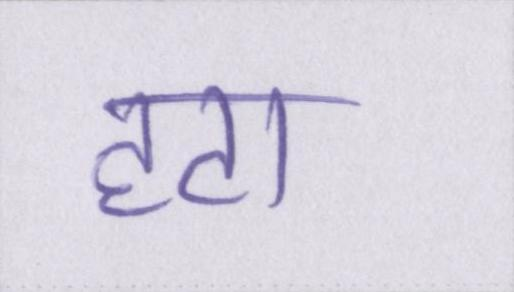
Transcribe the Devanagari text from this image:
हटा